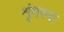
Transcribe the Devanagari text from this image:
शृंगस्य